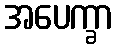
အပေက္ခာ